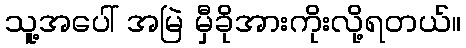
သူ့အပေါ် အမြဲ မှီခိုအားကိုးလို့ရတယ်။